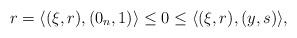
LaTeX: \begin{align*}r=\langle (\xi ,r),(0_{n},1)\rangle \leq 0\leq \langle (\xi ,r),(y,s)\rangle, \end{align*}